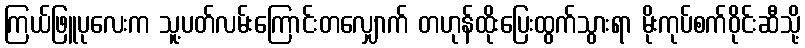
ကြယ်ဖြူပုလေးက သူ့ပတ်လမ်းကြောင်းတလျှောက် တဟုန်ထိုးပြေးထွက်သွားရာ မိုးကုပ်စက်ဝိုင်းဆီသို့